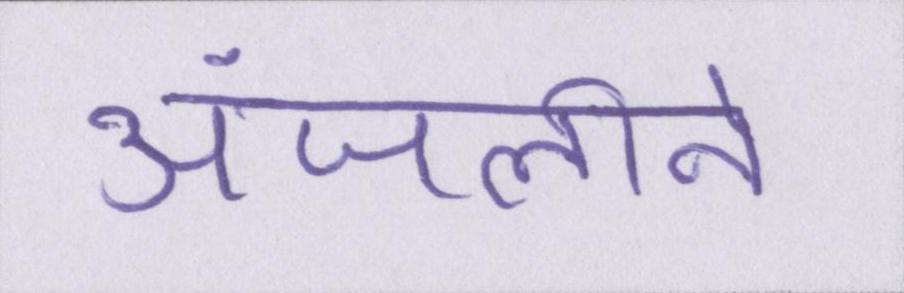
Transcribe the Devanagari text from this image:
अंजलीने